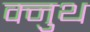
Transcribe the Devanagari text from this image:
क्नुथ